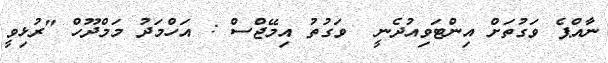
ނާއްޕެ ވަގުތަށް އިންޓަވިއުދެނީ  ވަގުތު އިމޭޖްސް : އަހްމަދު މަމްދޫހް "ރުޅިވީ